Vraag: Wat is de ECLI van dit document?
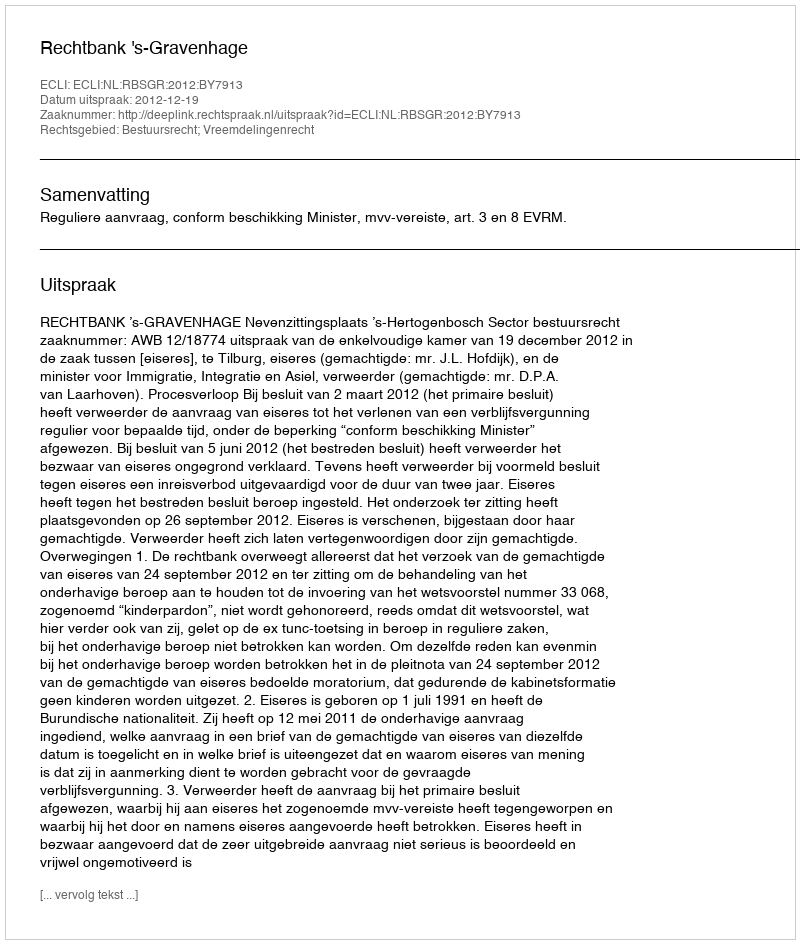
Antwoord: ECLI:NL:RBSGR:2012:BY7913